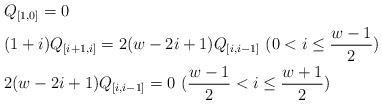
LaTeX: \begin{align*} & Q_{[1,0]} = 0 \\ & (1+i) Q_{[i+1,i]} = 2 ( w-2i+1) Q_{[i,i-1]} \ (0<i\leq \frac{w-1}{2}) \\ & 2 ( w-2i+1) Q_{[i,i-1]} = 0 \ ( \frac{w-1}{2} < i \leq\frac{w+1}{2} ) \end{align*}